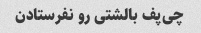
چی‌پف بالشتی رو نفرستادن